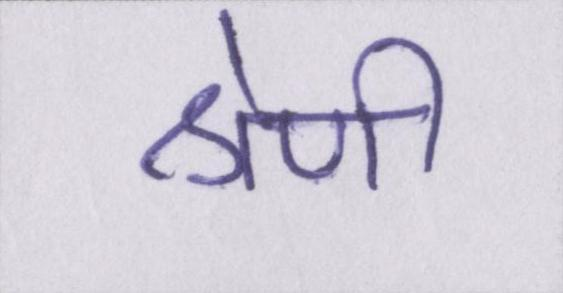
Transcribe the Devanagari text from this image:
श्रेणी